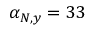
\alpha _ { N , y } = 3 3 \